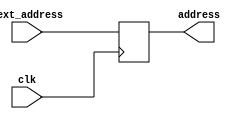
`timescale 1ns / 1ps
//////////////////////////////////////////////////////////////////////////////////
// Company: 
// Engineer: 
// 
// Design Name: 
// Module Name: PC
// Project Name: 
// Target Devices: 
// Tool Versions: 
// Description: 
// 
// Dependencies: 
// 
// Revision:
// Revision 0.01 - File Created
// Additional Comments:
// 
//////////////////////////////////////////////////////////////////////////////////


module PC(
	input clk,
	input [31:0] next_address,
	
	output reg [31:0] address = 0
    );
    
    always @(posedge clk) begin
    	address <= next_address;
    end
    
endmodule